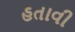
હતાવી